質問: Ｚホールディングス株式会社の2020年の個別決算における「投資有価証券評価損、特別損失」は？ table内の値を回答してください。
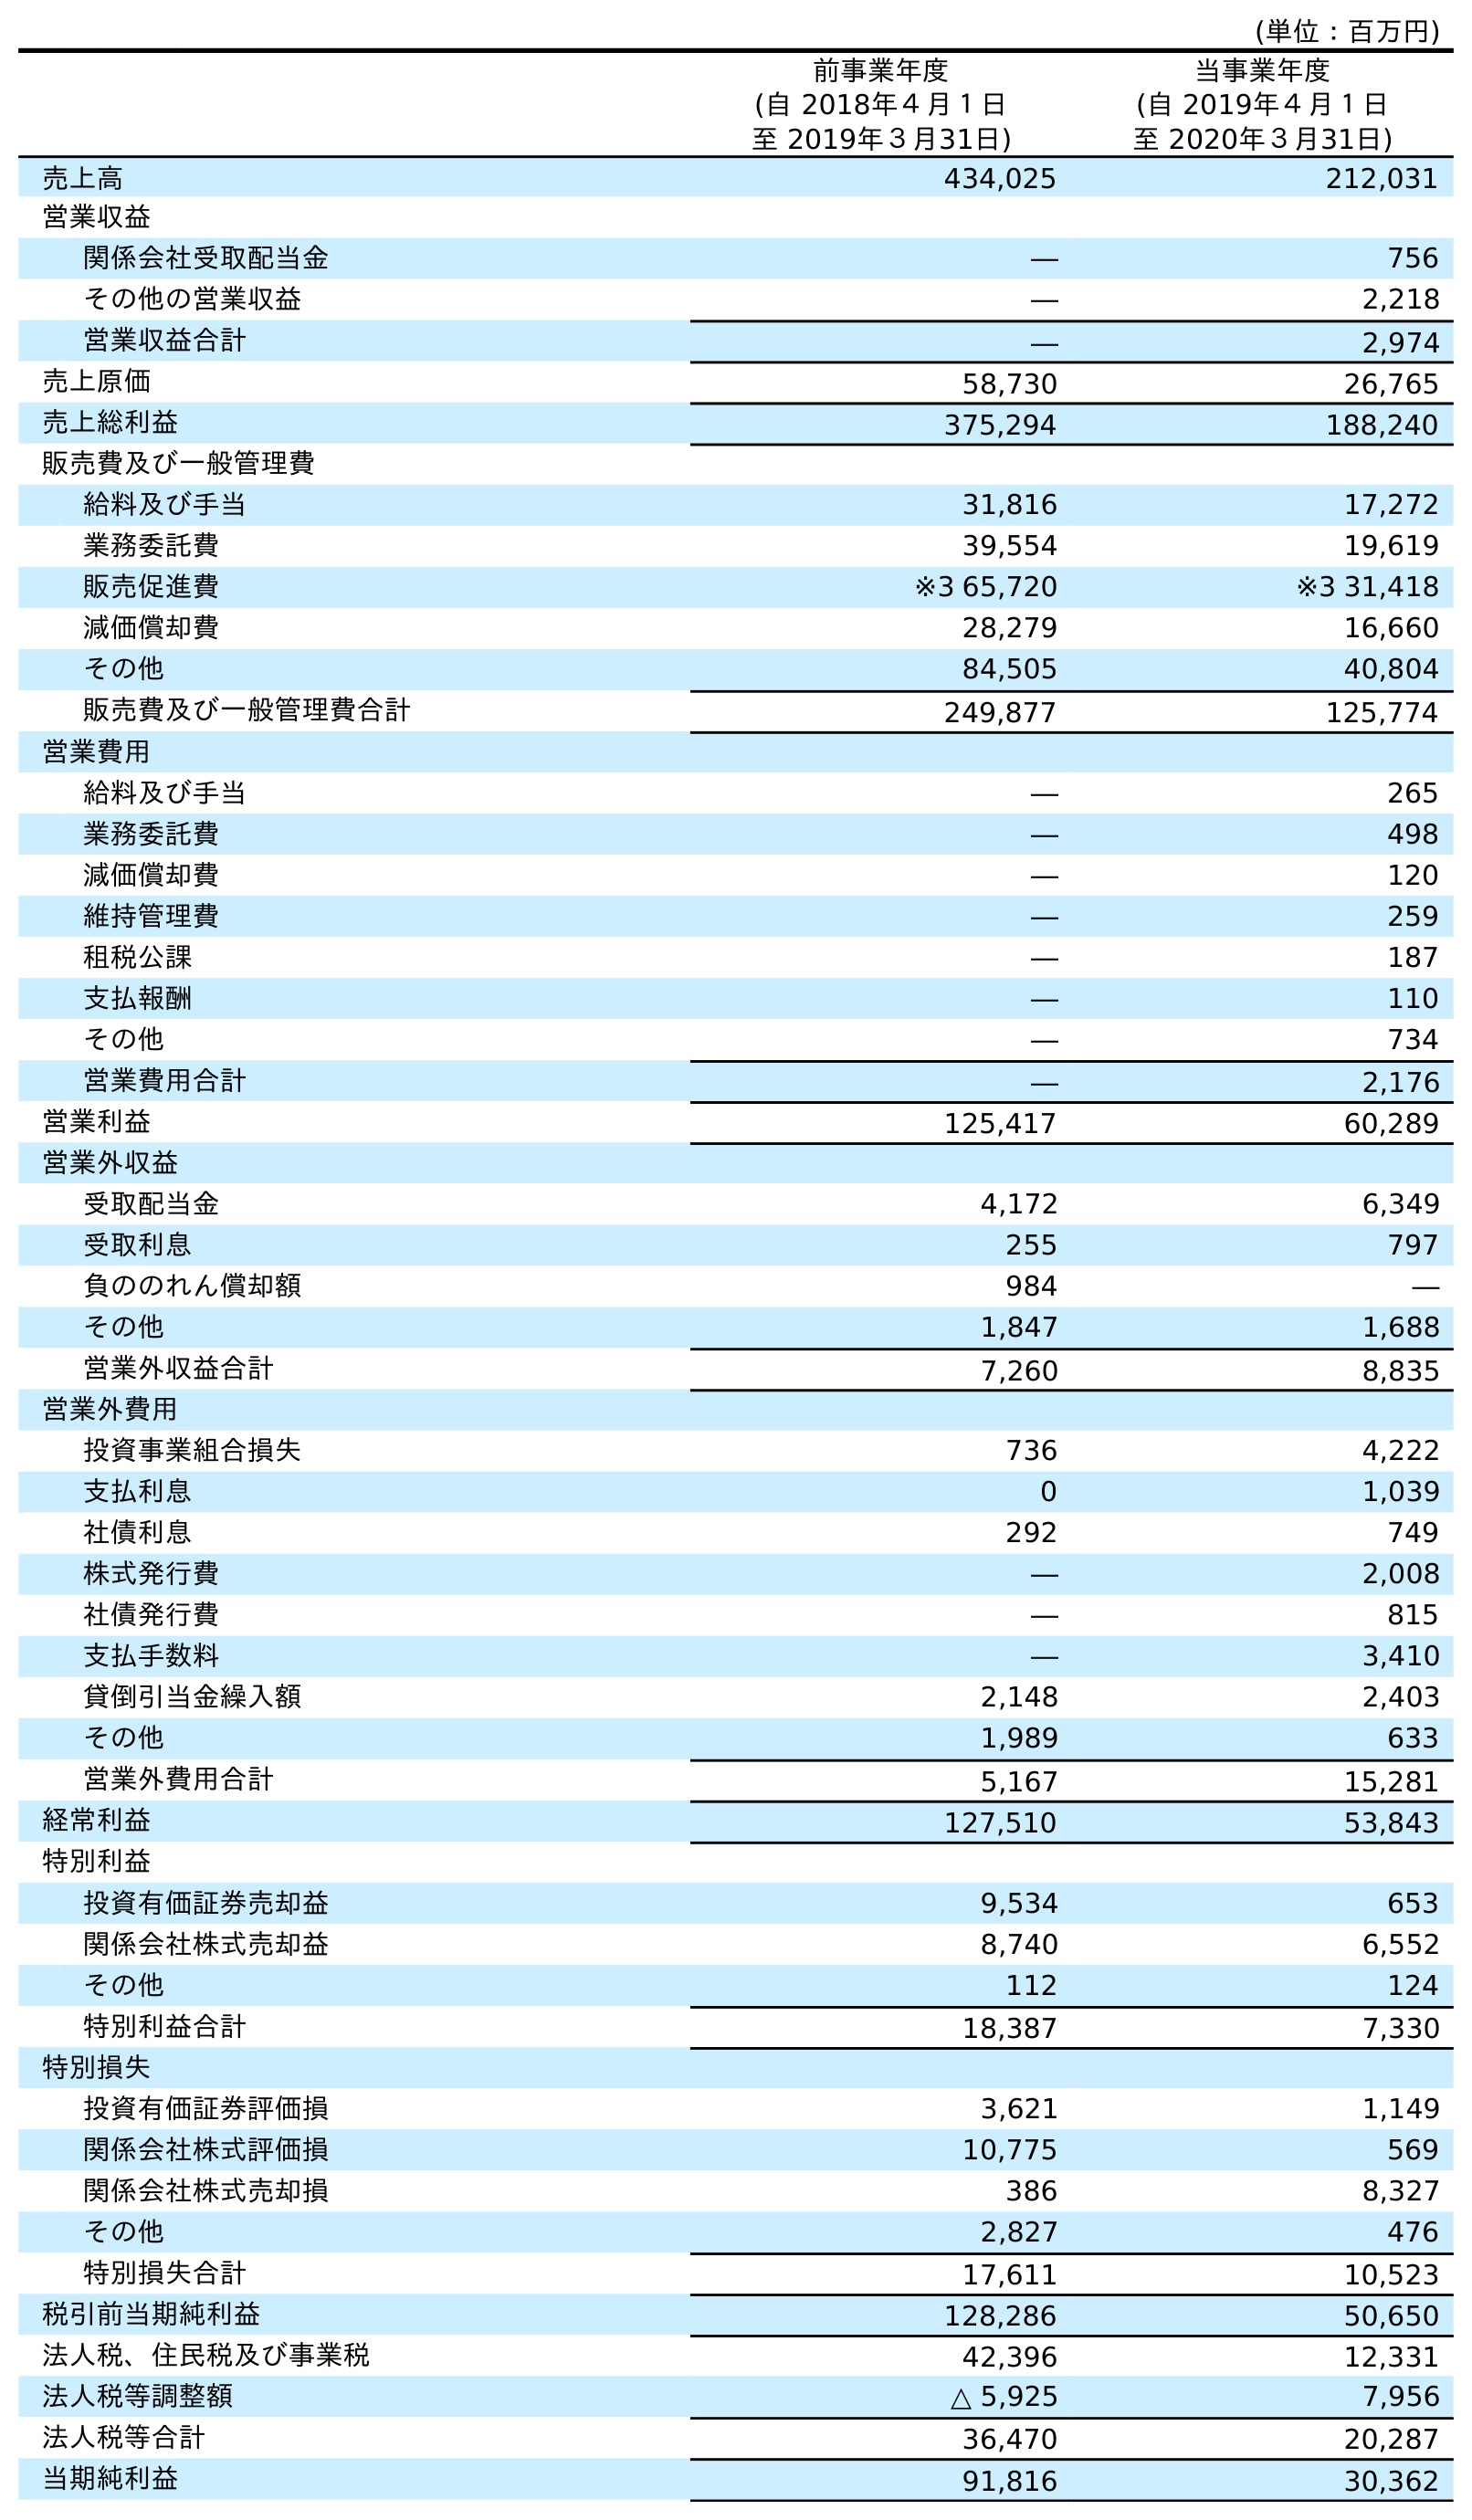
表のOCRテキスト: (単位：百万円) 前事業年度 (自 2018年４月１日 至 2019年３月31日) 当事業年度 (自 2019年４月１日 至 2020年３月31日) 売上高 434,025 212,031 営業収益 関係会社受取配当金 ― 756 その他の営業収益 ― 2,218 営業収益合計 ― 2,974 売上原価 58,730 26,765 売上総利益 375,294 188,240 販売費及び一般管理費 給料及び手当 31,816 17,272 業務委託費 39,554 19,619 販売促進費 ※3 65,720 ※3 31,418 減価償却費 28,279 16,660 その他 84,505 40,804 販売費及び一般管理費合計 249,877 125,774 営業費用 給料及び手当 ― 265 業務委託費 ― 498 減価償却費 ― 120 維持管理費 ― 259 租税公課 ― 187 支払報酬 ― 110 その他 ― 734 営業費用合計 ― 2,176 営業利益 125,417 60,289 営業外収益 受取配当金 4,172 6,349 受取利息 255 797 負ののれん償却額 984 ― その他 1,847 1,688 営業外収益合計 7,260 8,835 営業外費用 投資事業組合損失 736 4,222 支払利息 0 1,039 社債利息 292 749 株式発行費 ― 2,008 社債発行費 ― 815 支払手数料 ― 3,410 貸倒引当金繰入額 2,148 2,403 その他 1,989 633 営業外費用合計 5,167 15,281 経常利益 127,510 53,843 特別利益 投資有価証券売却益 9,534 653 関係会社株式売却益 8,740 6,552 その他 112 124 特別利益合計 18,387 7,330 特別損失 投資有価証券評価損 3,621 1,149 関係会社株式評価損 10,775 569 関係会社株式売却損 386 8,327 その他 2,827 476 特別損失合計 17,611 10,523 税引前当期純利益 128,286 50,650 法人税、住民税及び事業税 42,396 12,331 法人税等調整額 △ 5,925 7,956 法人税等合計 36,470 20,287 当期純利益 91,816 30,362
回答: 1,149